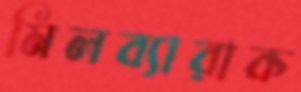
মিলব্যারাক